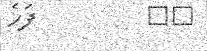
٤٤         ފަހެ